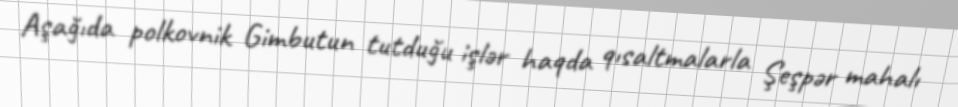
Aşağıda polkovnik Gimbutun tutduğu işlər haqda qısaltmalarla Şeşpər mahalı